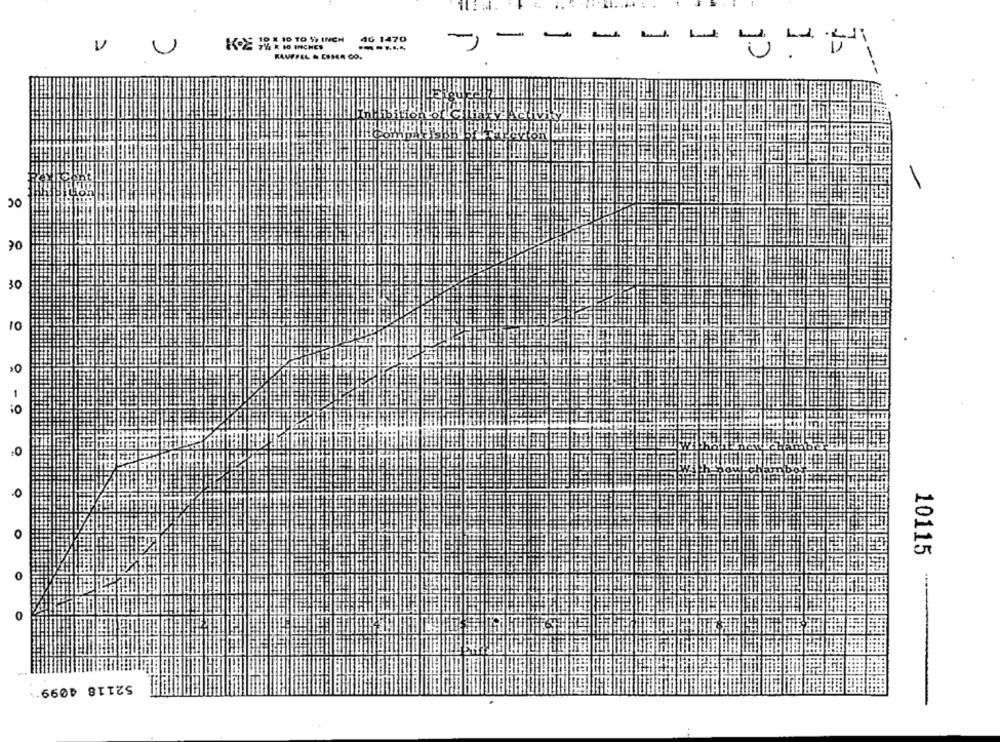
46 1470
-
-
-
2X 10 TO $> INCH
-
---...
KAUFFEL & CIMA CO.
OC
30
10
:0
.0
O
10115
0
52118 4099*